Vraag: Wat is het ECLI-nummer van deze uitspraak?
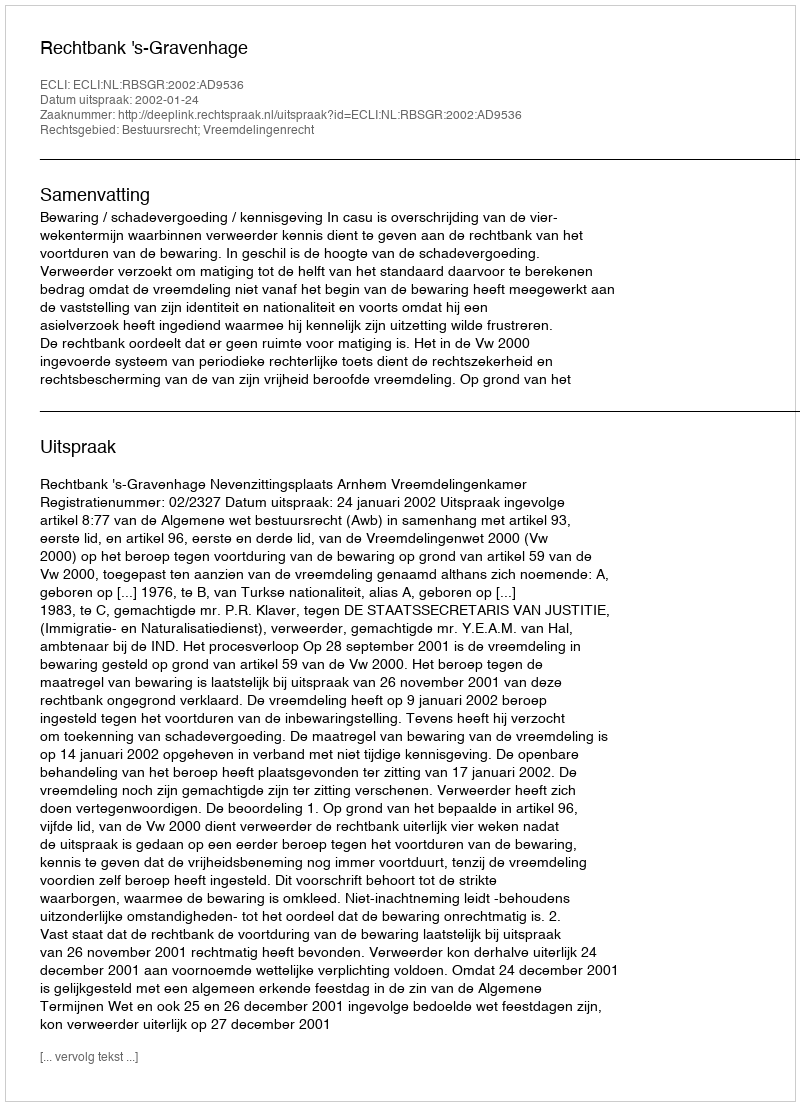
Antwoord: ECLI:NL:RBSGR:2002:AD9536